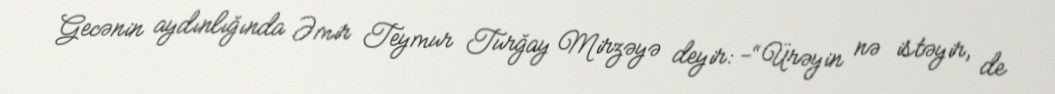
Gecənin aydınlığında Əmir Teymur Turğay Mirzəyə deyir: -“Ürəyin nə istəyir, de